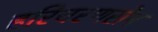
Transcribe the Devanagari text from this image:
हरिचरणसेन